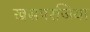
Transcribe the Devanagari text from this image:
खसपरजिया